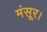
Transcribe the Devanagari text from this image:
मंसूर।